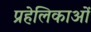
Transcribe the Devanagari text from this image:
प्रहेलिकाओं